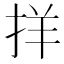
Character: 𪭰